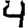
Digit: 4